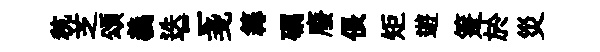
秔芝頌義迭二戔篝礪廢倀矩遊箑於災